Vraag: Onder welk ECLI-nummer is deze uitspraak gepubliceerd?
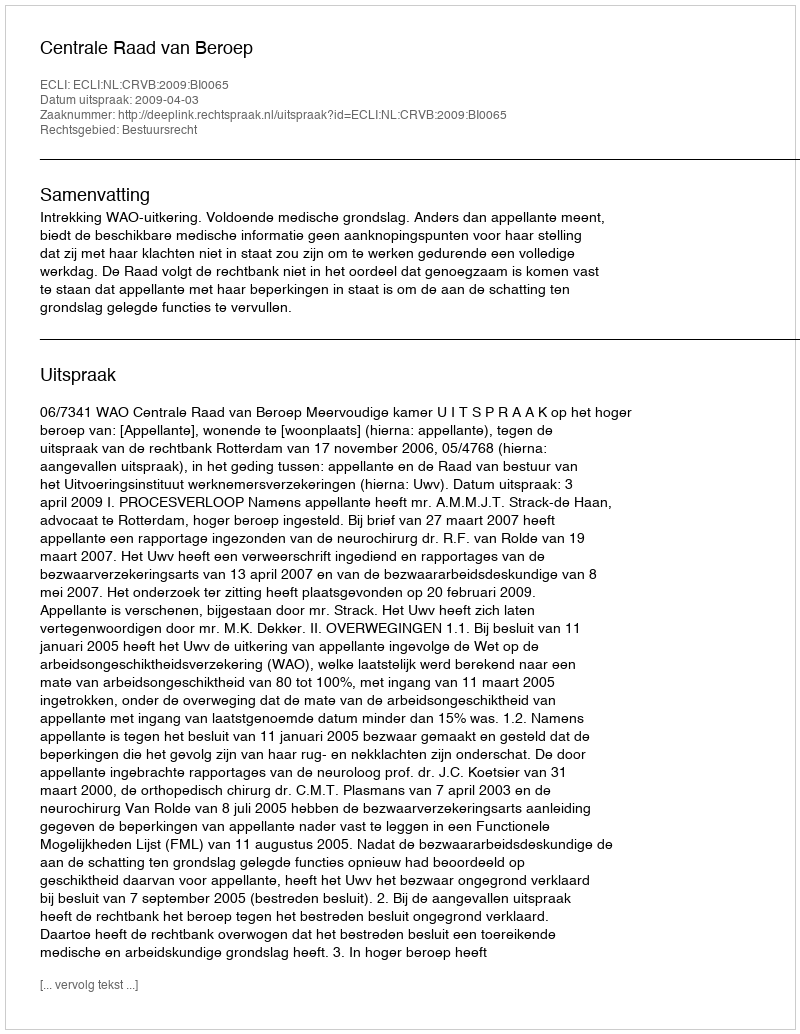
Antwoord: ECLI:NL:CRVB:2009:BI0065